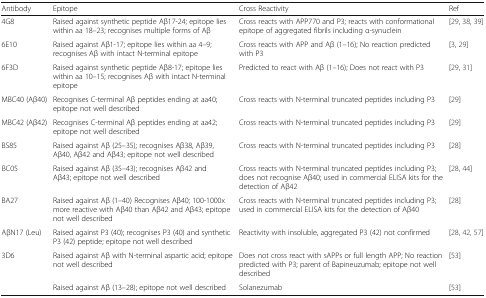
<table><thead><tr><td><b>Antibody</b></td><td><b>Epitope</b></td><td><b>Cross Reactivity</b></td><td><b>Ref</b></td></tr></thead><tbody><tr><td>4G8</td><td>Raised against synthetic peptide Aβ17-24; epitope lies within aa 18–23; recognises multiple forms of Aβ</td><td>Cross reacts with APP770 and P3; reacts with conformational epitope of aggregated fibrils including α-synuclein</td><td>[29, 38, 39]</td></tr><tr><td>6E10</td><td>Raised against Aβ1-17; epitope lies within aa 4–9; recognises Aβ with intact N-terminal epitope</td><td>Cross reacts with APP and Aβ (1–16); No reaction predicted with P3</td><td>[3, 29]</td></tr><tr><td>6F3D</td><td>Raised against synthetic peptide Aβ8-17; epitope lies within aa 10–15; recognises Aβ with intact N-terminal epitope</td><td>Predicted to react with Aβ (1–16); Does not react with P3</td><td>[29, 31]</td></tr><tr><td>MBC40 (Aβ40)</td><td>Recognises C-terminal Aβ peptides ending at aa40; epitope not well described</td><td>Cross reacts with N-terminal truncated peptides including P3</td><td>[29]</td></tr><tr><td>MBC42 (Aβ42)</td><td>Recognises C-terminal Aβ peptides ending at aa42; epitope not well described</td><td>Cross reacts with N-terminal truncated peptides including P3</td><td>[29]</td></tr><tr><td>BS85</td><td>Raised against Aβ (25–35); recognises Aβ38, Aβ39, Aβ40, Aβ42 and Aβ43; epitope not well described</td><td>Cross reacts with N-terminal truncated peptides including P3</td><td>[28]</td></tr><tr><td>BC05</td><td>Raised against Aβ (35–43); recognises Aβ42 and Aβ43; epitope not well described</td><td>Cross reacts with N-terminal truncated peptides including P3; does not recognise Aβ40; used in commercial ELISA kits for the detection of Aβ42</td><td>[28, 44]</td></tr><tr><td>BA27</td><td>Raised against Aβ (1–40) Recognises Aβ40; 100-1000x more reactive with Aβ40 than Aβ42 and Aβ43; epitope not well described</td><td>Cross reacts with N-terminal truncated peptides including P3; used in commercial ELISA kits for the detection of Aβ40</td><td>[28]</td></tr><tr><td>AβN17 (Leu)</td><td>Raised against P3 (40); recognises P3 (40) and synthetic P3 (42) peptide; epitope not well described</td><td>Reactivity with insoluble, aggregated P3 (42) not confirmed</td><td>[28, 42, 57]</td></tr><tr><td>3D6</td><td>Raised against Aβ with N-terminal aspartic acid; epitope not well described</td><td>Does not cross react with sAPPs or full length APP; No reaction predicted with P3; parent of Bapineuzumab; epitope not well described</td><td>[53]</td></tr><tr><td></td><td>Raised against Aβ (13–28); epitope not well described</td><td>Solanezumab</td><td>[53]</td></tr></tbody></table>